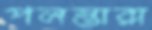
পলস্তারা